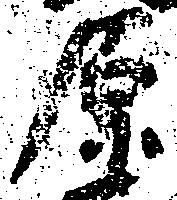
原